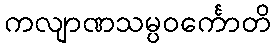
ကလျာဏသမ္ပဝင်္ကောတိ